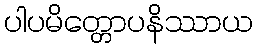
ပါပမိတ္တောပနိဿာယ